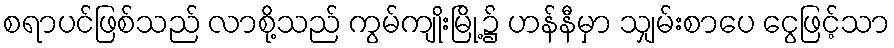
စရာပင်ဖြစ်သည် လာစို့သည် ကွမ်ကျိုးမြို့၌ ဟန်နီမှာ သျှမ်းစာပေ ငွေဖြင့်သာ